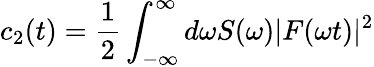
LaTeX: c_{2}(t)=\frac{1}{2}\int_{-\infty}^{\infty}d\omega S(\omega)|F(\omega t)|^{2}